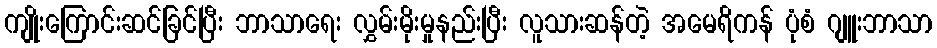
ကျိုးကြောင်းဆင်ခြင်ပြီး ဘာသာရေး လွှမ်းမိုးမှုနည်းပြီး လူသားဆန်တဲ့ အမေရိကန် ပုံစံ ဂျူးဘာသာ